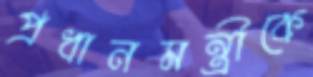
প্রধানমন্ত্রীকে